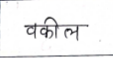
मजकूर: वकील